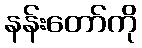
နန်းတော်ကို